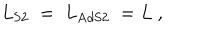
LaTeX: { L } _ { \mathrm { S 2 } } \; = \; { L } _ { \mathrm { A d S 2 } } \; = L \ ,